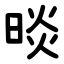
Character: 晱